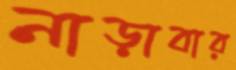
নাড়াবার